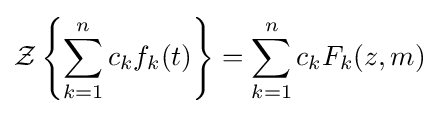
{\mathcal {Z}}\left\{\sum _{k=1}^{n}c_{k}f_{k}(t)\right\}=\sum _{k=1}^{n}c_{k}F_{k}(z,m)